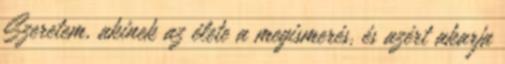
Szeretem, akinek az élete a megismerés, és azért akarja